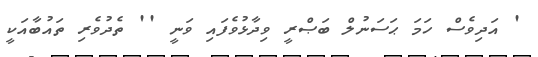
' އަދިވެސް ހަމަ ޙަސަނުލް ބަޞްރީ ވިދާޅުވެފައި ވަނީ '' ތެދުވެރި ތައުބާއަކީ